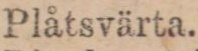
Plåtsvärta.